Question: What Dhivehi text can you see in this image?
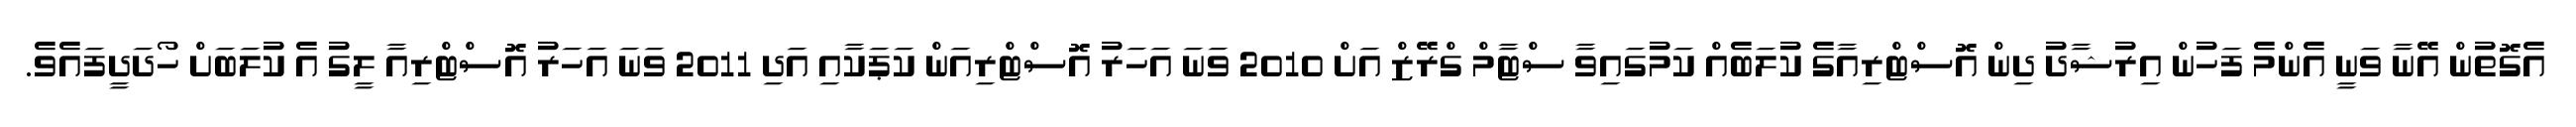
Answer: އެގޮތުން އޭނާ ވަނީ އެންމެ ފަހުން އިރުޝާދު ދިން އޮސްޓްރިއާގެ ކުލަބެއް ކަމުގައިވާ ސްޓާމް ގްރޭޒް އަށް 2010 ވަނަ އަހަރު އޮސްޓްރިއަން ކަޕަކާއި އަދި 2011 ވަނަ އަހަރު އޮސްޓްރިއާ ލީގު އެ ކުލަބަށް ހޯދަދީފައެވެ.